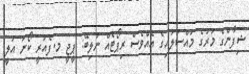
ޝިފާންގެ މަރުގެ މައްސަލައިގެ އެއްވެސް ރިޕޯޓެއް ނުލިބޭ: ޕީޖީ މ.ފެއަރީ ކޯނަ އަލީ